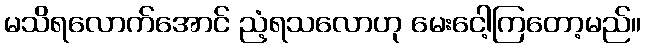
မသိရလောက်အောင် ညံ့ရသလောဟု မေးငေါ့ကြတော့မည်။